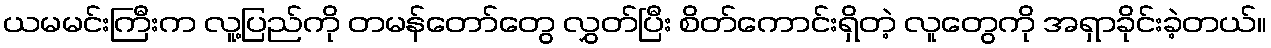
ယမမင်းကြီးက လူ့ပြည်ကို တမန်တော်တွေ လွှတ်ပြီး စိတ်ကောင်းရှိတဲ့ လူတွေကို အရှာခိုင်းခဲ့တယ်။